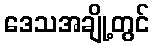
ဒေသအချို့တွင်